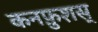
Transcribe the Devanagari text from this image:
कनफ़ुशस्